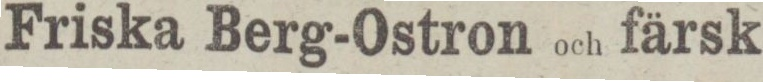
Friska Berg-Ostron och färsk